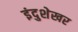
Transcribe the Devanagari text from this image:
इंदुशेखर